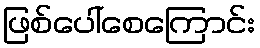
ဖြစ်ပေါ်စေကြောင်း